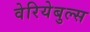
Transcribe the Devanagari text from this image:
वेरियेबुल्स